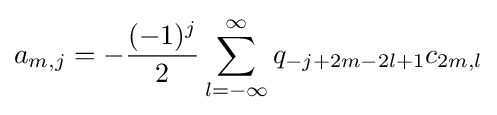
a_{m,j}=-{\frac {(-1)^{j}}{2}}\sum _{l=-\infty }^{\infty }q_{-j+2m-2l+1}c_{2m,l}